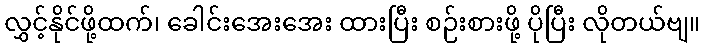
လွှင့်နိုင်ဖို့ထက်၊ ခေါင်းအေးအေး ထားပြီး စဉ်းစားဖို့ ပိုပြီး လိုတယ်ဗျ။